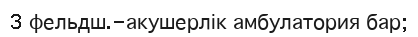
3 фельдш.-акушерлік амбулатория бар;